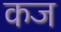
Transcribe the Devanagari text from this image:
कज